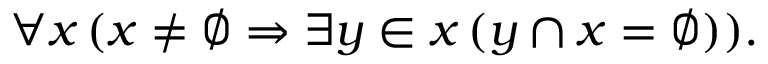
\forall x \, ( x \neq \varnothing \Rightarrow \exists y \in x \, ( y \cap x = \varnothing ) ) .